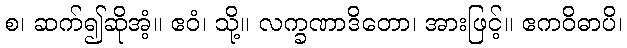
စ၊ ဆက်၍ဆိုအံ့။ ဧဝံ၊ သို့။ လက္ခဏာဒိတော၊ အားဖြင့်။ ဧကဝိဓာပိ၊